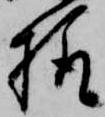
様